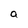
Character: a